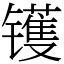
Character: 镬